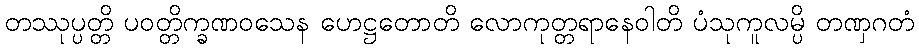
တဿုပ္ပတ္တိ ပဝတ္တိက္ခဏဝသေန ဟေဋ္ဌတောတိ လောကုတ္တရာနေဝါတိ ပံသုကူလမ္ပိ တဏှဂတံ